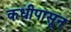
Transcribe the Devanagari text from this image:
कधीपासून